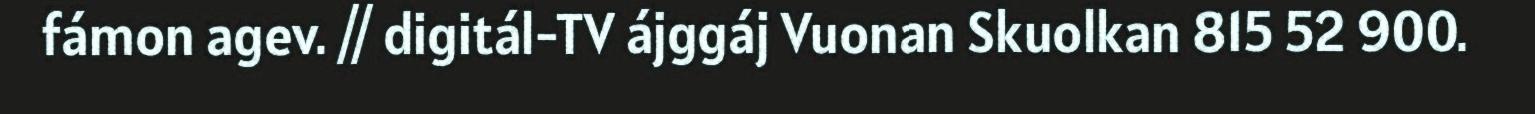
fámon agev. // digitál-TV ájggáj Vuonan Skuolkan 815 52 900.